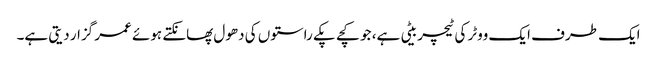
ایک طرف ایک ووٹر کی ٹیچر بیٹی ہے، جو کچے پکے راستوں کی دھول پھانکتے ہوئے عمر گزار دیتی ہے۔